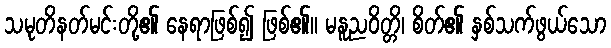
သမုတိနတ်မင်းတို့၏ နေရာဖြစ်၍ ဖြစ်၏။ မနူညဝိတ္တိ၊ စိတ်၏ နှစ်သက်ဖွယ်သော